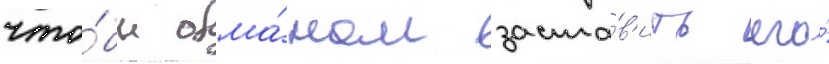
что́бы обма́ном заста́в'ить его́